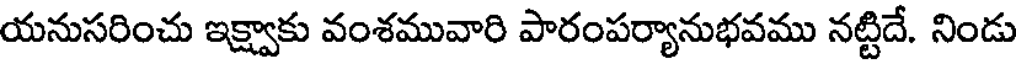
యనుసరించు ఇక్ష్వాకు వంశమువారి పారంపర్యానుభవము నట్టిదే. నిండు